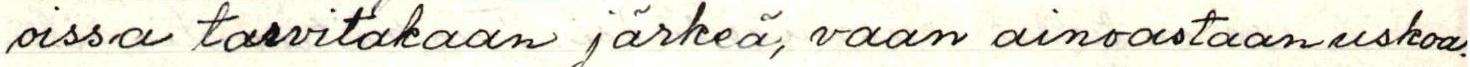
oissa tarvitakaan järkeä, vaan ainoastaan uskoa.